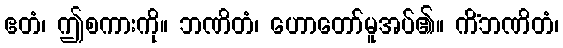
ဧတံ၊ ဤစကားကို။ ဘဏိတံ၊ ဟောတော်မူအပ်၏။ ကိံဘဏိတံ၊